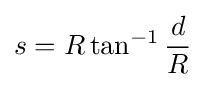
s=R\tan ^{-1}{\frac {d}{R}}